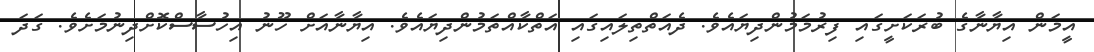
އީމަން އިޔާނާގެ ބުރަކަށީގައި ފިރުމަމުންދިޔައެވެ. ދެއަތްތިލައިގައި އަތްކާއްތަމުންދިޔައެވެ. އިޔާނާއަށް ހޫނު އިހުސާސްކޮށްދިނުމަށެވެ. ގަދަ